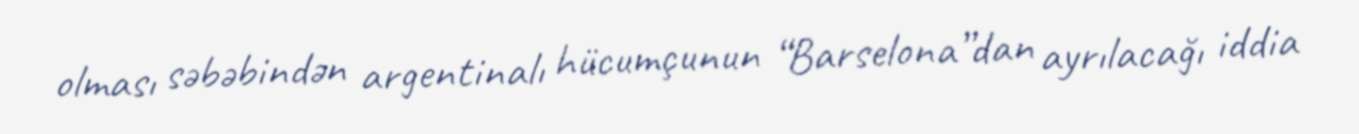
olması səbəbindən argentinalı hücumçunun “Barselona”dan ayrılacağı iddia